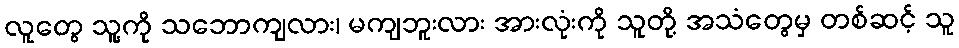
လူတွေ သူ့ကို သဘောကျလား၊ မကျဘူးလား အားလုံးကို သူတို့ အသံတွေမှ တစ်ဆင့် သူ